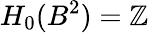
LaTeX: H_{0}(B^{2})=\mathbb{Z}